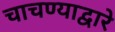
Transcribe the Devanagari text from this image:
चाचण्याद्वारे